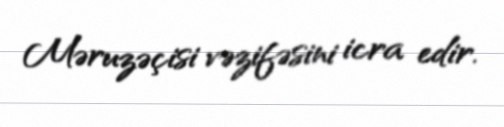
Məruzəçisi vəzifəsini icra edir.